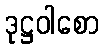
ဒုဋ္ဌဝါစော